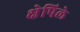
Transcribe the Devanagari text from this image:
क्षेपिले